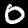
Label: 0